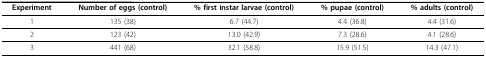
| Experiment | Number of eggs (control) | % first instar larvae (control) | % pupae (control) | % adults (control) |
 | --- | --- | --- | --- | --- |
 | 1 | 135 (38) | 6.7 (44.7) | 4.4 (36.8) | 4.4 (31.6) |
 | 2 | 123 (42) | 13.0 (42.9) | 7.3 (28.6) | 4.1 (28.6) |
 | 3 | 441 (68) | 32.1 (58.8) | 15.9 (51.5) | 14.3 (47.1) |